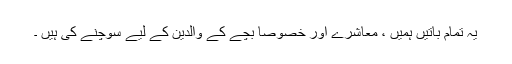
یہ تمام باتیں ہمیں ، معاشرے اور خصوصاً بچے کے والدین کے لیے سوچنے کی ہیں ۔